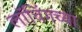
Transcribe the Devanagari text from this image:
लॉचिंगच्या